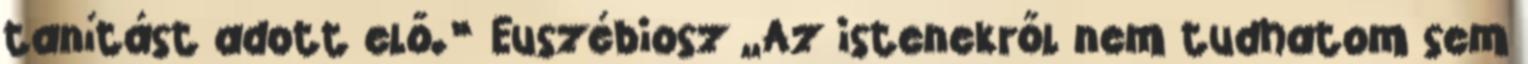
tanítást adott elő.” Euszébiosz „Az istenekről nem tudhatom sem